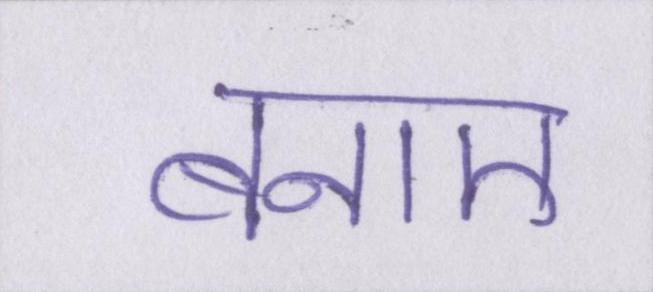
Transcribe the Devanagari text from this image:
बनाए